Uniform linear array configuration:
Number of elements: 12
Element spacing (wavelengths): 1
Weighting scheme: exponential
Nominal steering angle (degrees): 45
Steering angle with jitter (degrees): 43.175
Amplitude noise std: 0.05
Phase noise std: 0.05

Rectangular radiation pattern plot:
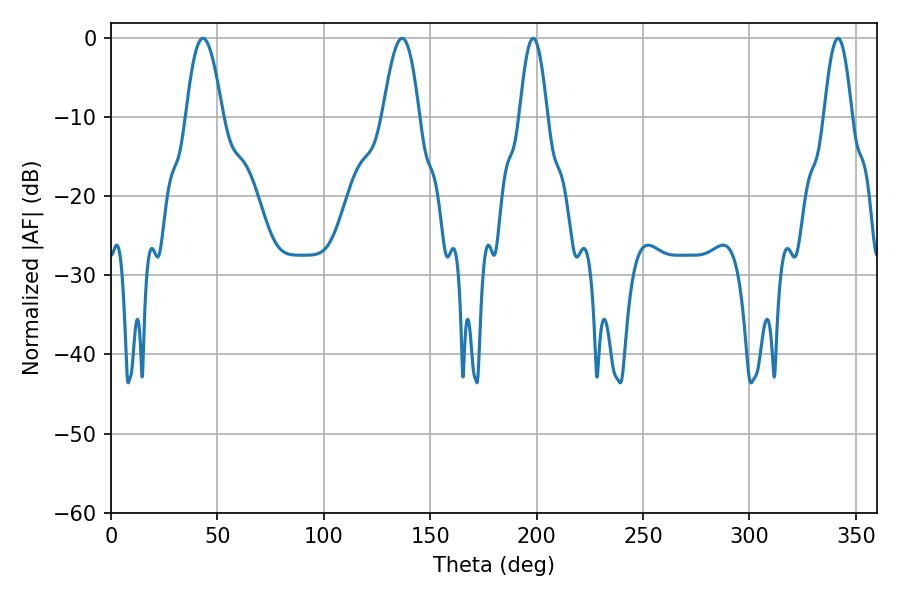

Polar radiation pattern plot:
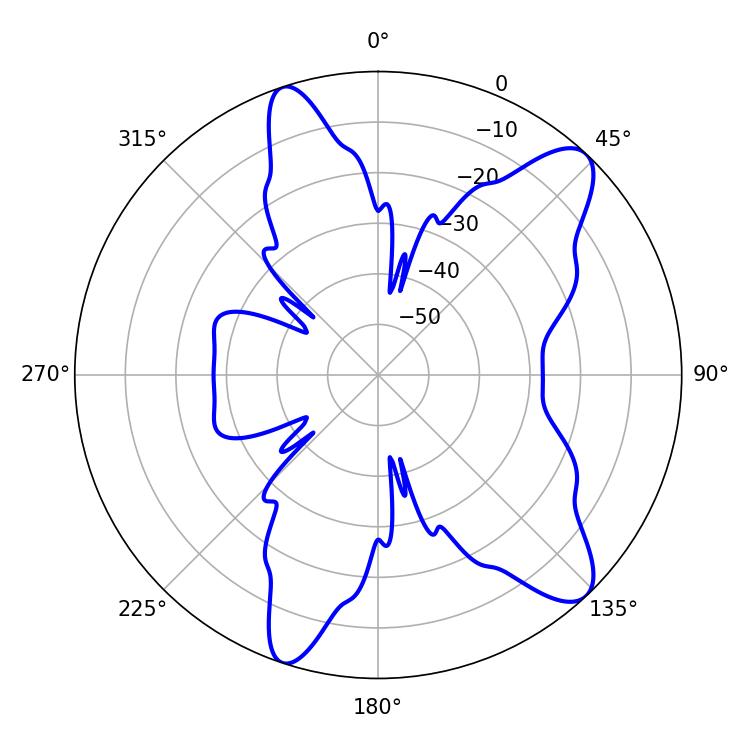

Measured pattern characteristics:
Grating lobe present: TRUE
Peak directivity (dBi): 10.671
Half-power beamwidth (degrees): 9.36
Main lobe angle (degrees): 43.2